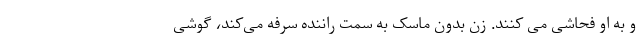
و به او فحاشی می کنند. زن بدون ماسک به سمت راننده سرفه می‌کند، گوشی